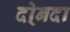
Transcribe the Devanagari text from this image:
दो्नदा